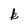
Character: k